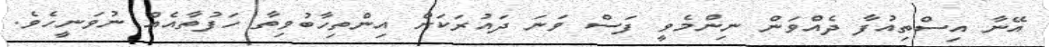
އޭނާ އިސްތިއުފާ ދެއްވަން ނިންމެވީ ފަސް ވަނަ ދައުރަކަށް އިންތިހާބުވިތާ ހަފުތާއެއް ނުވަނީހެވެ.